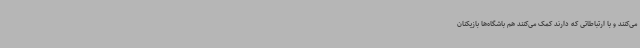
می‌کنند و با ارتباطاتی که دارند کمک می‌کنند هم باشگاه‌ها بازیکنان